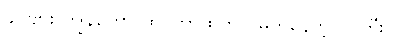
ခင်ဗျား ကျွန်တော် ထင်တာထက် ပိုမိုက်နေတဲ့ လူကြီးပဲ